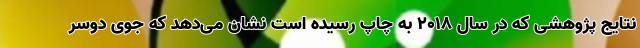
نتایج پژوهشی که در سال 2018 به چاپ رسیده است نشان می‌دهد که جوی دوسر